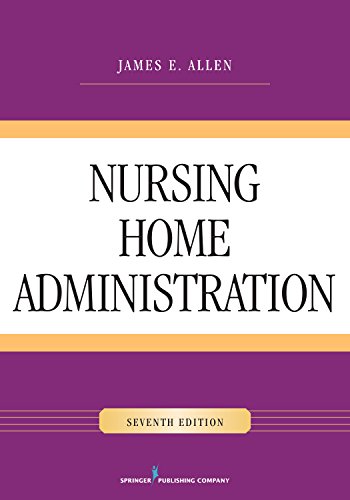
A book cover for Nursing Home Administration, 7e; James E. Allen PhD  MSPH  NHA  IP; Medical Books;